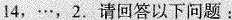
14，…，2.请回答以下问题：